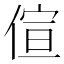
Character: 𠊿